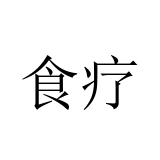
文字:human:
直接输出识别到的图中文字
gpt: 食疗